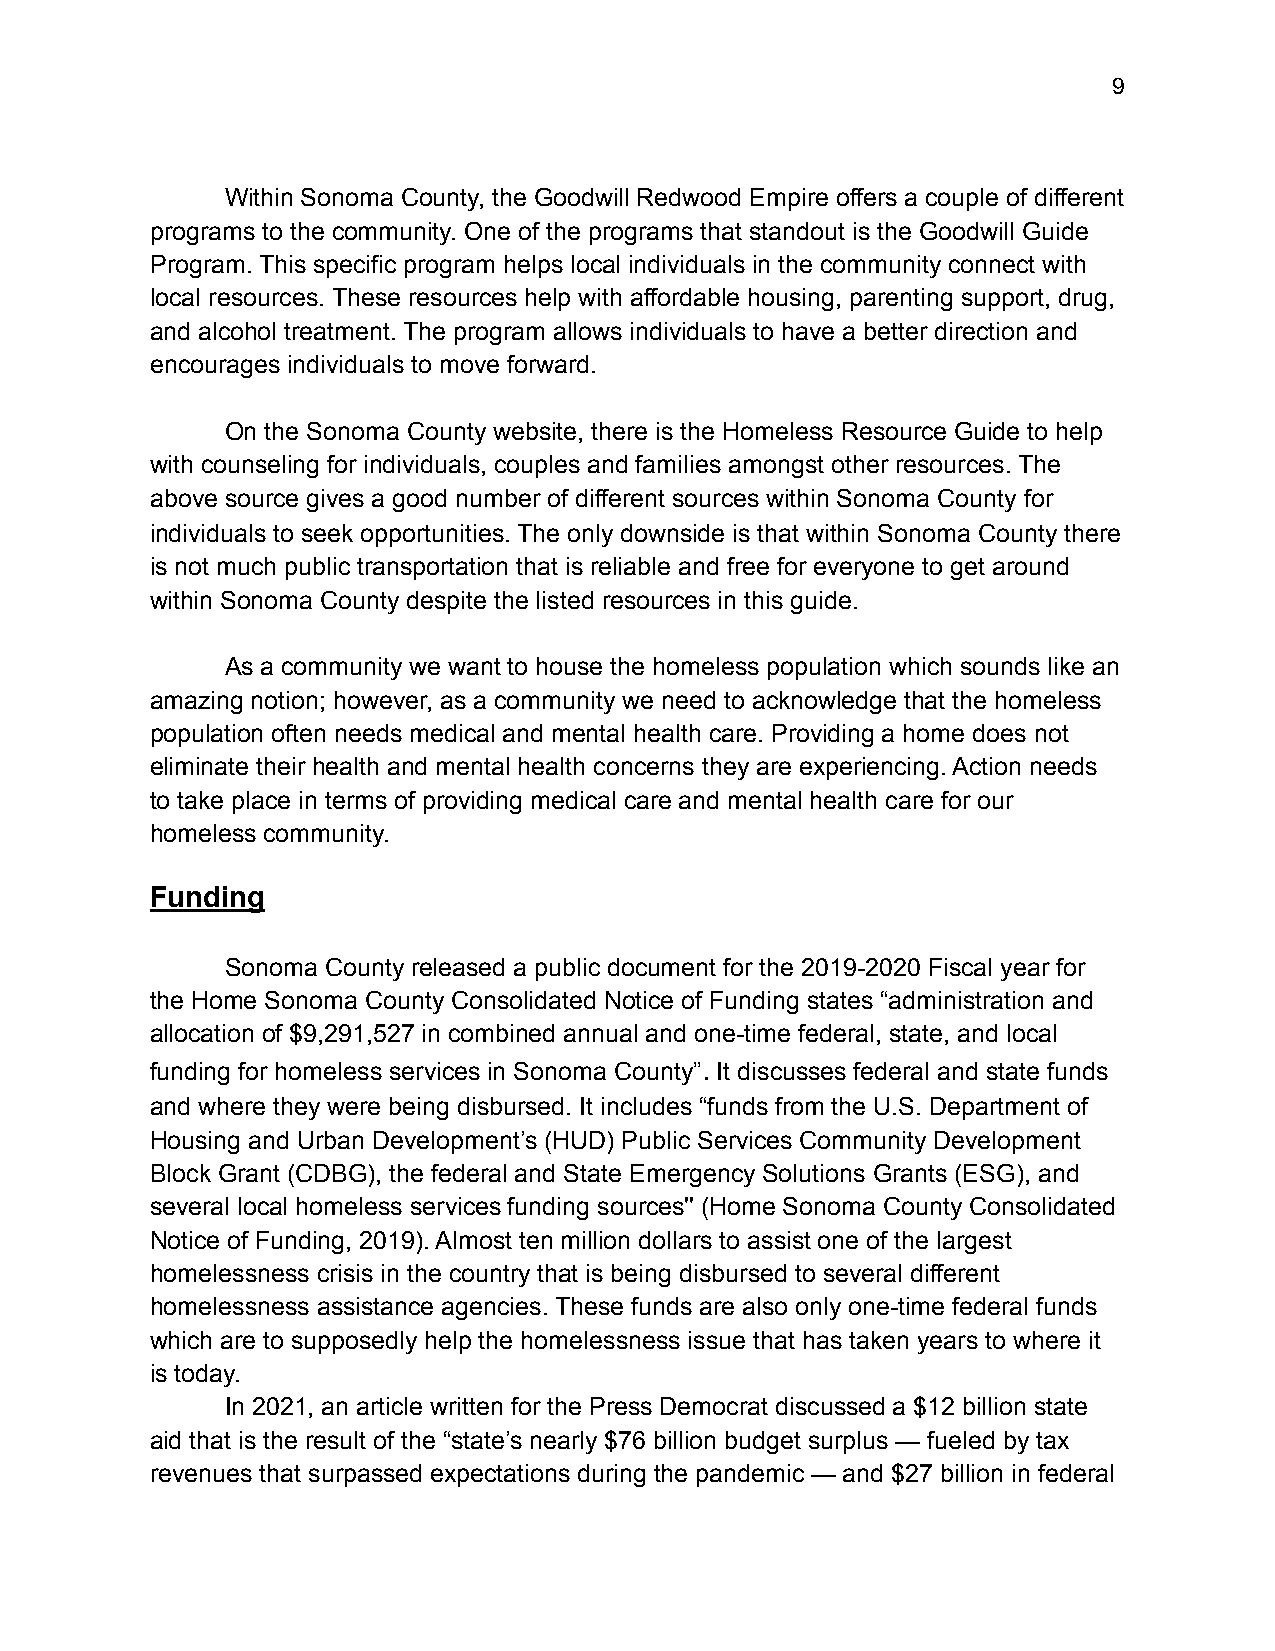
!9
 Within Sonoma County, the Goodwill Redwood Empire offers a couple of different
 programs to the community. One of the programs that standout is the Goodwill Guide
 Program. This specific program helps local individuals in the community connect with
 local resources. These resources help with affordable housing, parenting support, drug,
 and alcohol treatment. The program allows individuals to have a better direction and
 encourages individuals to move forward.
 On the Sonoma County website, there is the Homeless Resource Guide to help
 with counseling for individuals, couples and families amongst other resources. The
 above source gives a good number of different sources within Sonoma County for
 individuals to seek opportunities. The only downside is that within Sonoma County there
 is not much public transportation that is reliable and free for everyone to get around
 within Sonoma County despite the listed resources in this guide.
 As a community we want to house the homeless population which sounds like an
 amazing notion; however, as a community we need to acknowledge that the homeless
 population often needs medical and mental health care. Providing a home does not
 eliminate their health and mental health concerns they are experiencing. Action needs
 to take place in terms of providing medical care and mental health care for our
 homeless community.
 Funding
 Sonoma County released a public document for the 2019-2020 Fiscal year for
 the Home Sonoma County Consolidated Notice of Funding states “administration and
 allocation of $9,291,527 in combined annual and one-time federal, state, and local
 funding for homeless services in Sonoma County”. It discusses federal and state funds
 and where they were being disbursed. It includes “funds from the U.S. Department of
 Housing and Urban Development’s (HUD) Public Services Community Development
 Block Grant (CDBG), the federal and State Emergency Solutions Grants (ESG), and
 several local homeless services funding sources'' (Home Sonoma County Consolidated
 Notice of Funding, 2019). Almost ten million dollars to assist one of the largest
 homelessness crisis in the country that is being disbursed to several different
 homelessness assistance agencies. These funds are also only one-time federal funds
 which are to supposedly help the homelessness issue that has taken years to where it
 is today.
 In 2021, an article written for the Press Democrat discussed a $12 billion state
 aid that is the result of the “state’s nearly $76 billion budget surplus — fueled by tax
 revenues that surpassed expectations during the pandemic — and $27 billion in federal